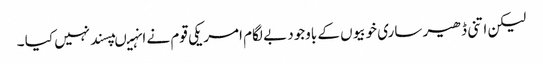
لیکن اتنی ڈھیر ساری خوبیوں کے باوجود بے لگام امریکی قوم نے انہیںپسند نہیں کیا ۔